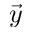
\vec { y }